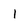
Character: 1